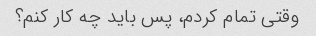
وقتی تمام کردم، پس باید چه کار کنم؟